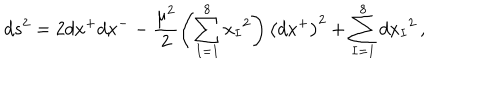
d s ^ { 2 } = 2 d x ^ { + } d x ^ { - } - \frac { \mu ^ { 2 } } { 2 } \left( \sum _ { I = 1 } ^ { 8 } { x _ { I } } ^ { 2 } \right) \left( d x ^ { + } \right) ^ { 2 } + \sum _ { I = 1 } ^ { 8 } { d x _ { I } } ^ { 2 } \, ,